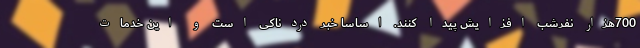
700هزار نفرشب افزایش پیدا کنند. اساساً خبر دردناکی است و این خدمات